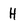
Character: H